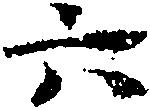
六